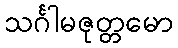
သင်္ဂါမဇုတ္တမော